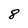
Character: 8